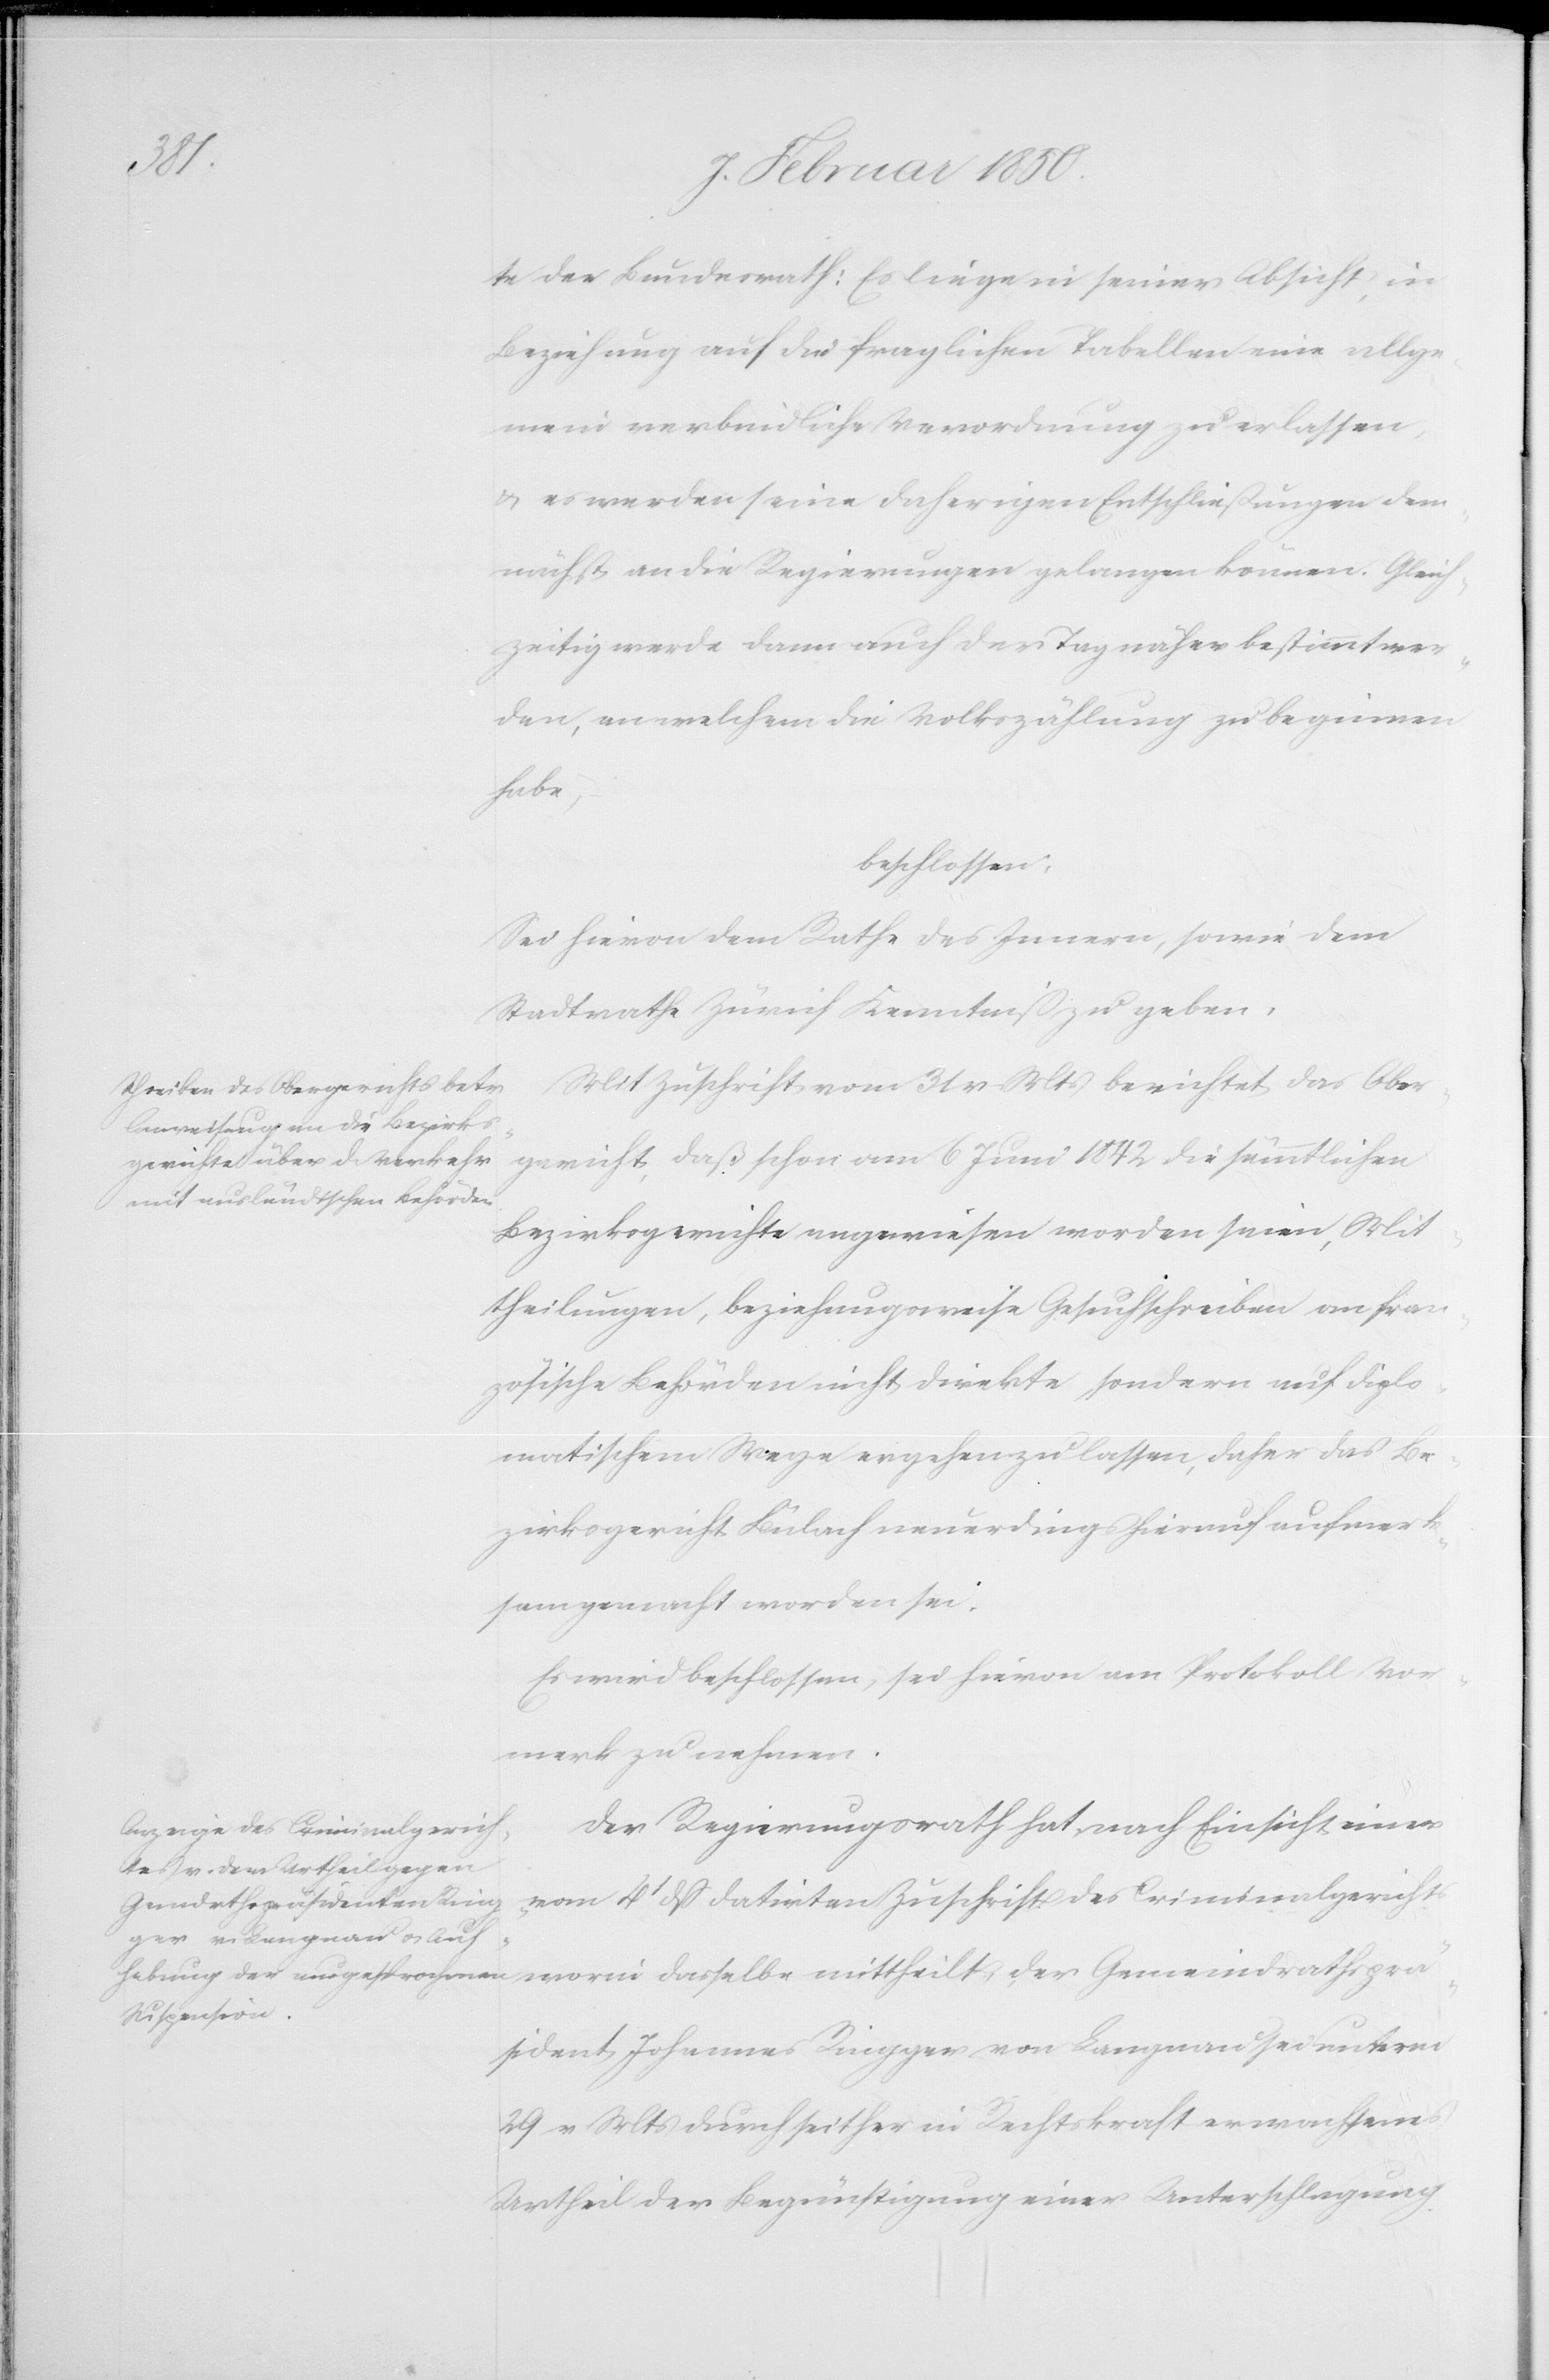
te der Bundesrath: Es liege in seiner Absicht, in
Beziehung auf die fraglichen Tabellen eine allge¬
mein verbindliche Verordnung zu erlassen,
u. es werden seine daherigen Entschließungen dem¬
nächst an die Regierung gelangen können. Gleich¬
zeitig werde dann auch der Tag näher bestimmt wer¬
den, an welchem die Volkszählung zu beginnen
habe,
beschlossen:
Sei hievon dem Rathe des Innern, sowie dem
Stadtrathe Zürich Kenntniß zu geben.
Mit Zuschrift vom 31 v. Mts berichtet das Ober¬
gericht, daß schon am 6 Juni 1842 die sämmtlichen
Bezirksgerichte angewiesen worden seien, Mit¬
theilungen, beziehungsweise Gesuchschreiben an fran¬
zösische Behörden nicht direkte, sondern auf diplo¬
matischem Wege ergehen zu lassen, daher das Be¬
zirksgericht Bülach neuerdings hierauf aufmerk¬
sam gemacht worden sei.
Es wird beschlossen, sei hievon am Protokoll Vor¬
merk zu nehmen.
Der Regierungsrath hat nach Einsicht einer
vom 4t dß datirten Zuschrift des Criminalgerichts
worin dasselbe mittheilt, der Gemeindrathsprä¬
sident Johannes Ringger von Langnau sei unterm
29 v Mts durch seither in Rechtskraft erwachsenes
Urtheil der Begünstigung einer Unterschlagung